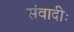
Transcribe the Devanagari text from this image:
संवादीः